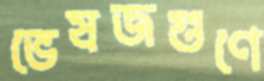
ভেষজগুণে